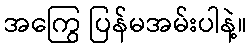
အကြွေ ပြန်မအမ်းပါနဲ့။